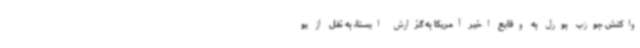
واکنش جوزپ بورل به وقایع اخیر آمریکا به گزارش ایسنا، به نقل از یو